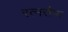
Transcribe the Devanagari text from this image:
रत्नरौप्य